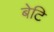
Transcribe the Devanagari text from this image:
बेटि